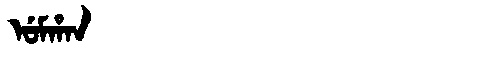
Manchu: ᡠᠮᡥᠠᠨ
Romanization: UMHAN